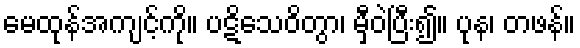
မေထုန်အကျင့်ကို။ ပဋိသေဝိတွာ၊ မှီဝဲပြီး၍။ ပုန၊ တဖန်။